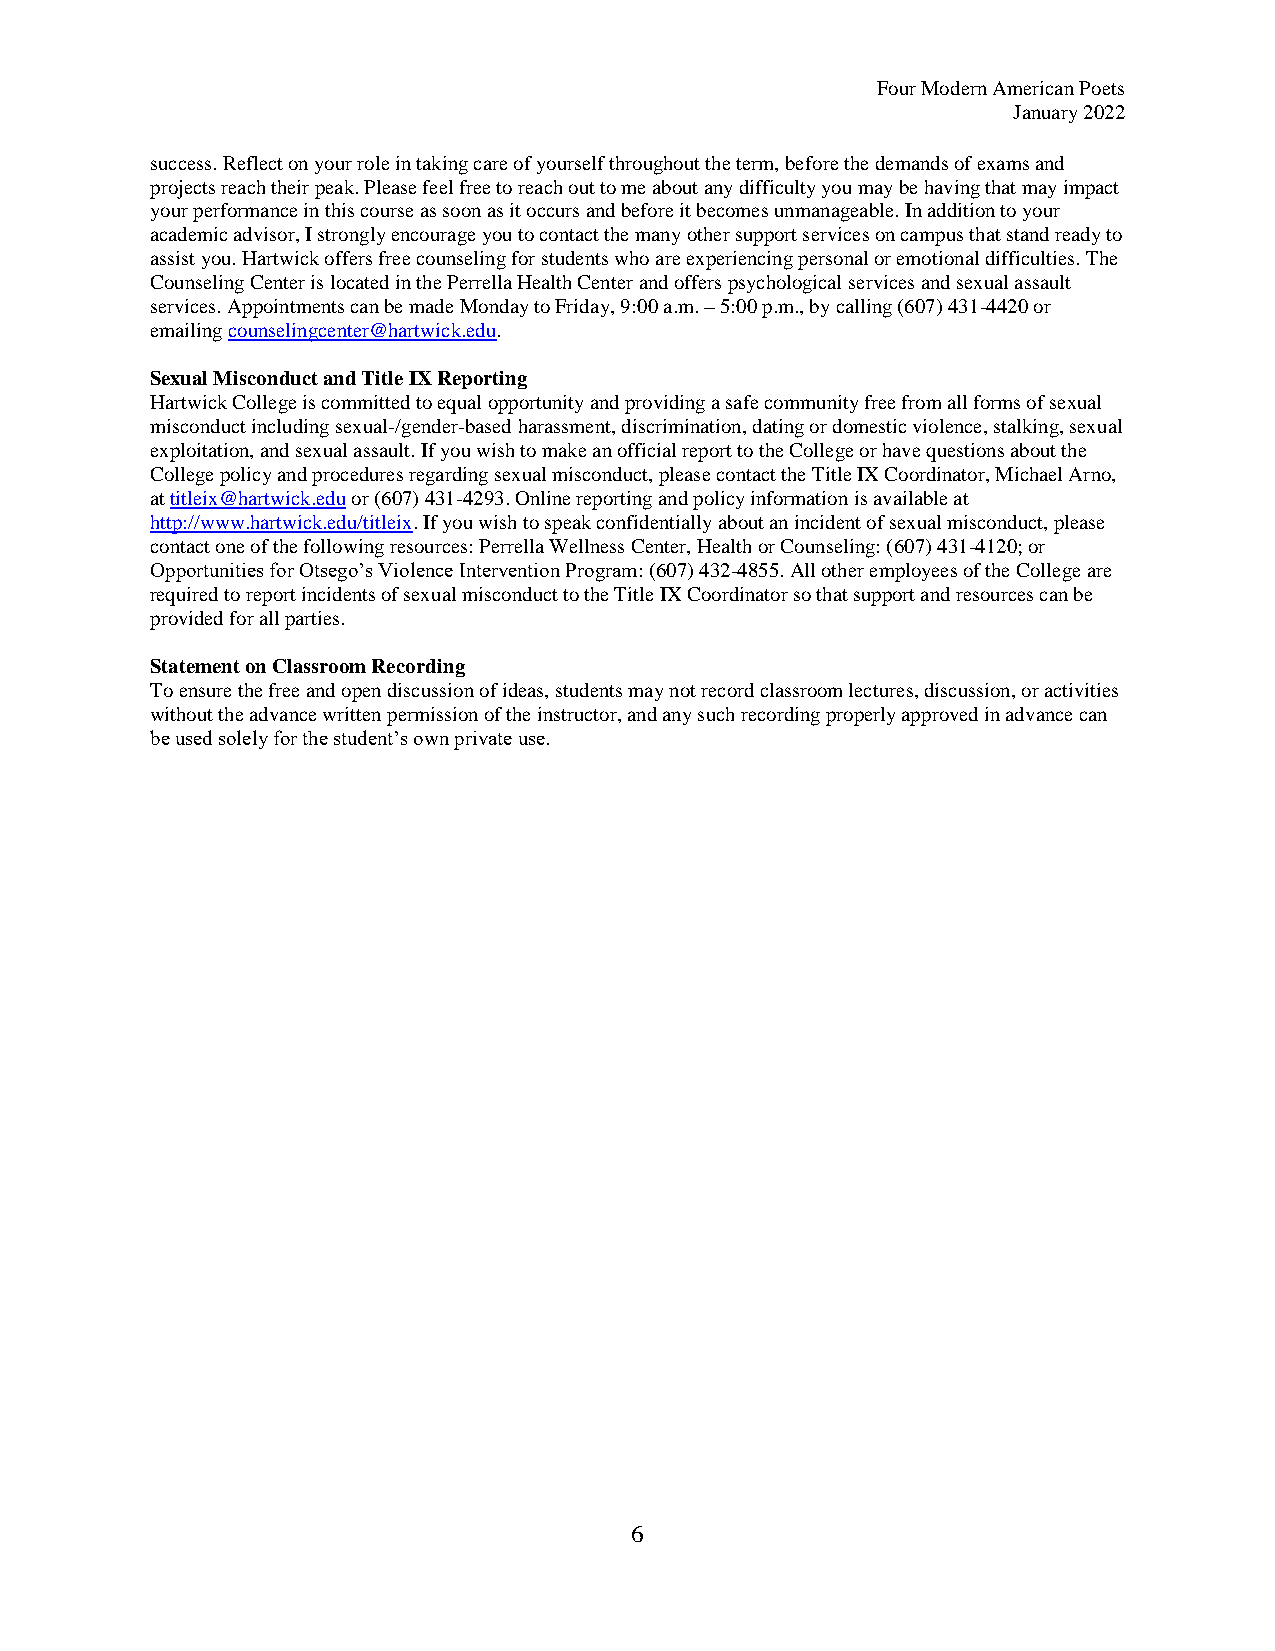
Four Modern American Poets
 January 2022
 success. Reflect on your role in taking care of yourself throughout the term, before the demands of exams and
 projects reach their peak. Please feel free to reach out to me about any difficulty you may be having that may impact
 your performance in this course as soon as it occurs and before it becomes unmanageable. In addition to your
 academic advisor, I strongly encourage you to contact the many other support services on campus that stand ready to
 assist you. Hartwick offers free counseling for students who are experiencing personal or emotional difficulties. The
 Counseling Center is located in the Perrella Health Center and offers psychological services and sexual assault
 services. Appointments can be made Monday to Friday, 9:00 a.m. – 5:00 p.m., by calling (607) 431-4420 or
 emailing counselingcenter@hartwick.edu.
 Sexual Misconduct and Title IX Reporting
 Hartwick College is committed to equal opportunity and providing a safe community free from all forms of sexual
 misconduct including sexual-/gender-based harassment, discrimination, dating or domestic violence, stalking, sexual
 exploitation, and sexual assault. If you wish to make an official report to the College or have questions about the
 College policy and procedures regarding sexual misconduct, please contact the Title IX Coordinator, Michael Arno,
 at titleix@hartwick.edu or (607) 431-4293. Online reporting and policy information is available at
 http://www.hartwick.edu/titleix. If you wish to speak confidentially about an incident of sexual misconduct, please
 contact one of the following resources: Perrella Wellness Center, Health or Counseling: (607) 431-4120; or
 Opportunities for Otsego’s Violence Intervention Program: (607) 432-4855. All other employees of the College are
 required to report incidents of sexual misconduct to the Title IX Coordinator so that support and resources can be
 provided for all parties.
 Statement on Classroom Recording
 To ensure the free and open discussion of ideas, students may not record classroom lectures, discussion, or activities
 without the advance written permission of the instructor, and any such recording properly approved in advance can
 be used solely for the student’s own private use.
 6